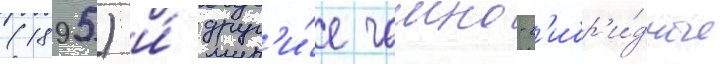
(1895) и́ друг'и́е чаино-г'ибр'и́дные